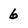
Character: 6